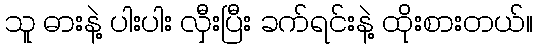
သူ ဓားနဲ့ ပါးပါး လှီးပြီး ခက်ရင်းနဲ့ ထိုးစားတယ်။